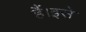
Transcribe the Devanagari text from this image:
हैं।इसे